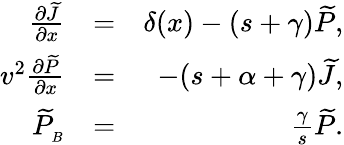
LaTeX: \begin{array}{rlr}{\frac{\partial{\widetilde{J}}}{\partial x}}&{=}&{\delta(x)-(s+\gamma){\widetilde P},}\\ {v^{2}\frac{\partial{\widetilde P}}{\partial x}}&{=}&{-(s+\alpha+\gamma){\widetilde J},}\\ {{\widetilde P}_{_B}}&{=}&{\frac{\gamma}{s}{\widetilde P}.}\end{array}